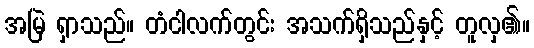
အမြဲ ရှာသည်။ တံငါလက်တွင်း အသက်ရှိသည်နှင့် တူလှ၏။